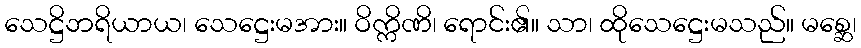
သေဋ္ဌိဘရိယာယ၊ သေဋ္ဌေးမအား။ ဝိက္ကိဏိ၊ ရောင်း၏။ သာ၊ ထိုသေဋ္ဌေးမသည်။ မစ္ဆေ၊